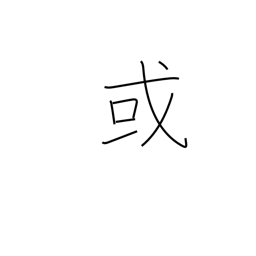
Meaning: a certain